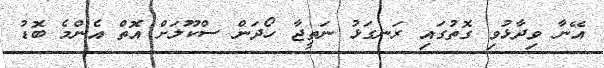
އޭނާ ވިދާޅުވި ގޮތުގައި ރަނގަޅު ނަތީޖާ ހޯދަން ސްކޫލަށް އޮތް އެންމެ ބޮޑު